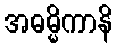
အဓမ္မိကာနိ